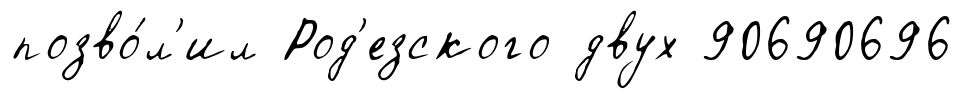
позво́л'ил Род'езского двух 90690696